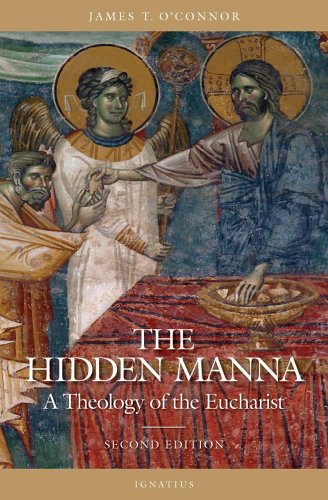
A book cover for The Hidden Manna: A Theology of the Eucharist; Rev. James T. O'Connor; Christian Books & Bibles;